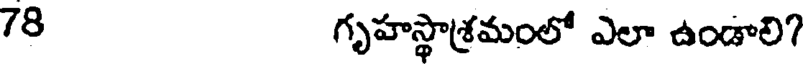
78 గృహస్థాశ్రమంలో ఎలా ఉండాలి?